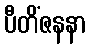
ပီတိံဇနနာ